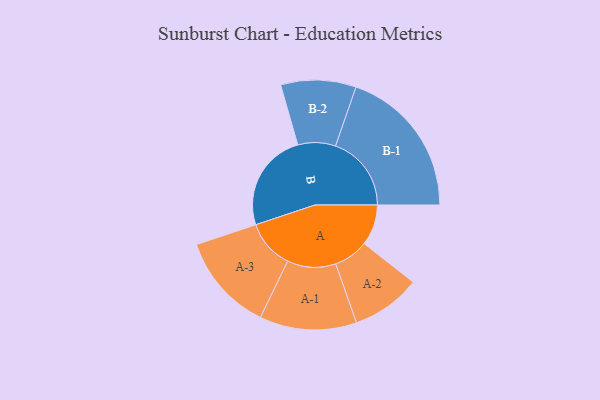
{"axis": {"x": "Segment", "y": "Value"}, "legend": ["", "A", "B"], "data": [{"x": "A", "y": 127, "type": ""}, {"x": "B", "y": 308, "type": ""}, {"x": "A-1", "y": 151, "type": "A"}, {"x": "A-2", "y": 108, "type": "A"}, {"x": "A-3", "y": 152, "type": "A"}, {"x": "B-1", "y": 236, "type": "B"}, {"x": "B-2", "y": 117, "type": "B"}]}